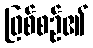
ဖြစ်စဉ်၏